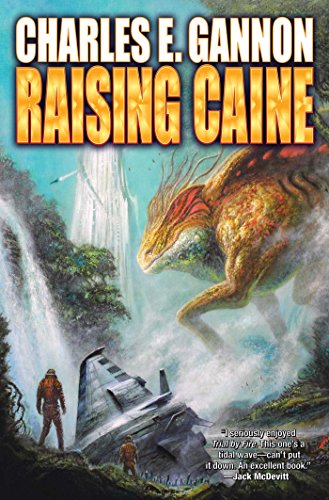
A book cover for Raising Caine (Caine Riordan); Charles E. Gannon; Science Fiction & Fantasy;